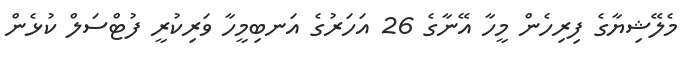
މެލޭޝިޔާގެ ފިރިހެން މީހާ އޭނާގެ 26 އަހަރުގެ އަނބިމީހާ ވަރިކުރީ ފުޓްސަލް ކުޅެން